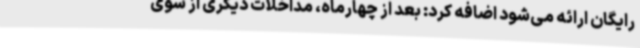
رایگان ارائه می‌شود اضافه کرد: بعد از چهارماه، مداخلات دیگری از سوی